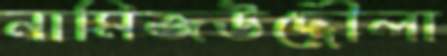
নামিজউদ্দৌলা